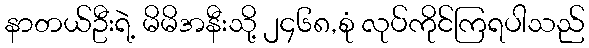
နာတယ်ဦးရဲ့ မိမိအနီးသို့ ၂၄၆၈,စုံ လုပ်ကိုင်ကြရပါသည်